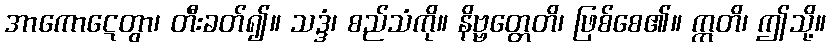
အာကောဋေတွာ၊ တီးခတ်၍။ သဒ္ဒံ၊ စည်သံကို။ နိဗ္ဗတ္တေတိ၊ ဖြစ်စေ၏။ ဣတိ၊ ဤသို့။